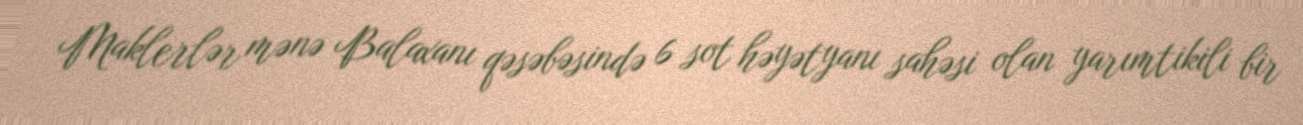
Maklerlər mənə Balaxanı qəsəbəsində 6 sot həyətyanı sahəsi olan yarımtikili bir